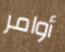
أوامر